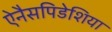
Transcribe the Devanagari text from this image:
ऐनैसपिडेशिया